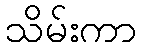
သိမ်းကာ